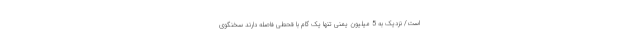
است/ نزدیک به 5 میلیون یمنی تنها یک گام با قحطی فاصله دارند سخنگوی